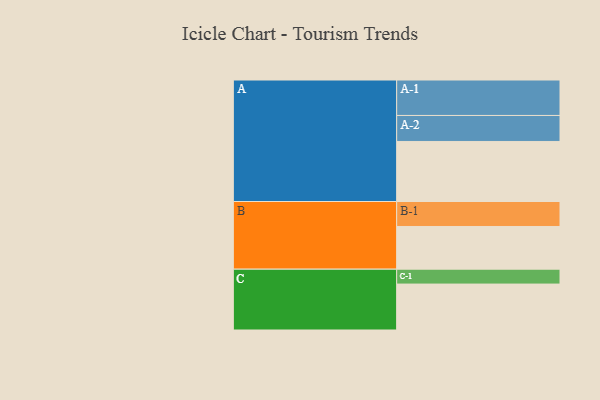
{"axis": {"x": "Segment", "y": "Value"}, "legend": ["", "A", "B", "C"], "data": [{"x": "A", "y": 464, "type": ""}, {"x": "B", "y": 330, "type": ""}, {"x": "C", "y": 355, "type": ""}, {"x": "A-1", "y": 274, "type": "A"}, {"x": "A-2", "y": 201, "type": "A"}, {"x": "B-1", "y": 193, "type": "B"}, {"x": "C-1", "y": 115, "type": "C"}]}